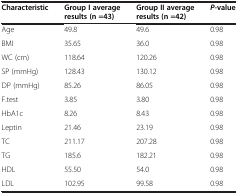
<table><thead><tr><td><b>Characteristic</b></td><td><b>Group I average results (n =43)</b></td><td><b>Group II average results (n =42)</b></td><td><b><i>P</i>-value</b></td></tr></thead><tbody><tr><td>Age</td><td>49.8</td><td>49.6</td><td>0.98</td></tr><tr><td>BMI</td><td>35.65</td><td>36.0</td><td>0.98</td></tr><tr><td>WC (cm)</td><td>118.64</td><td>120.26</td><td>0.98</td></tr><tr><td>SP (mmHg)</td><td>128.43</td><td>130.12</td><td>0.98</td></tr><tr><td>DP (mmHg)</td><td>85.26</td><td>86.05</td><td>0.98</td></tr><tr><td>F.test</td><td>3.85</td><td>3.80</td><td>0.98</td></tr><tr><td>HbA1c</td><td>8.26</td><td>8.43</td><td>0.98</td></tr><tr><td>Leptin</td><td>21.46</td><td>23.19</td><td>0.98</td></tr><tr><td>TC</td><td>211.17</td><td>207.28</td><td>0.98</td></tr><tr><td>TG</td><td>185.6</td><td>182.21</td><td>0.98</td></tr><tr><td>HDL</td><td>55.50</td><td>54.0</td><td>0.98</td></tr><tr><td>LDL</td><td>102.95</td><td>99.58</td><td>0.98</td></tr></tbody></table>